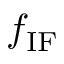
f _ { \mathrm { I F } }